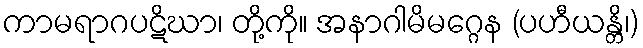
ကာမရာဂပဋိဃာ၊ တို့ကို။ အနာဂါမိမဂ္ဂေန (ပဟီယန္တိ၊)